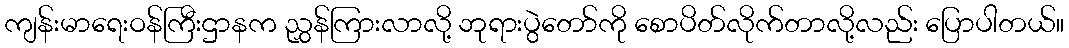
ကျန်းမာရေးဝန်ကြီးဌာနက ညွှန်ကြားလာလို့ ဘုရားပွဲတော်ကို စောပိတ်လိုက်တာလို့လည်း ပြောပါတယ်။